Leaving Certificate Examination (including Day School Certificate (Higher) General paper), 1936
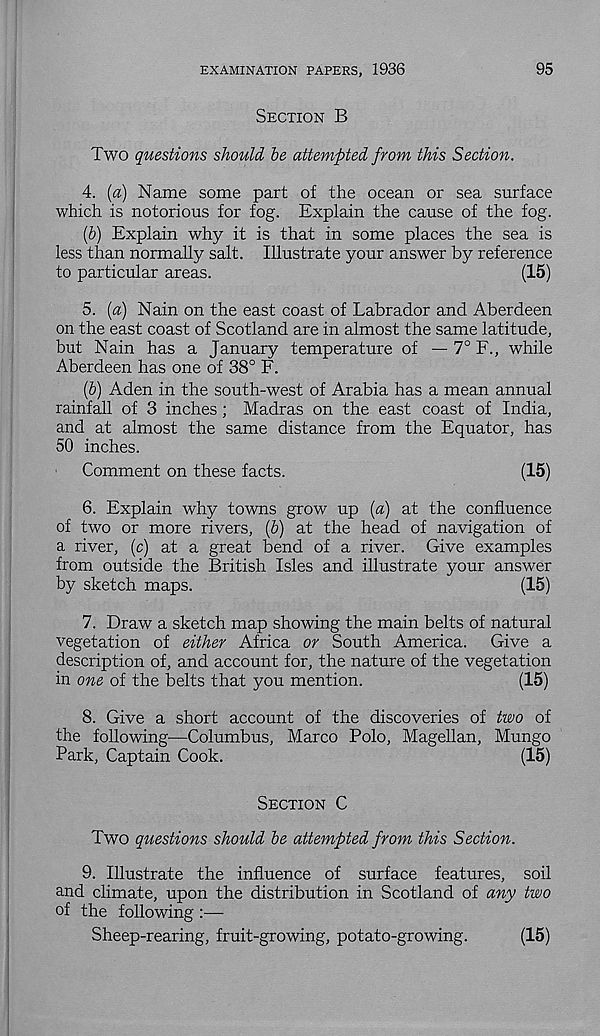
EXAMINATION PAPERS, 1936
95
Section B
Two questions should be attempted from this Section.
4. (a) Name some part of the ocean or sea surface
which is notorious for fog. Explain the cause of the fog.
(6) Explain why it is that in some places the sea is
less than normally salt. Illustrate your answer by reference
to particular areas.
(15)
5. (a) Nain on the east coast of Labrador and Aberdeen
on the east coast of Scotland are in almost the same latitude,
but Nain has a January temperature of — 7° F., while
Aberdeen has one of 38° F.
(6) Aden in the south-west of Arabia has a mean annual
rainfall of 3 inches; Madras on the east coast of India,
and at almost the same distance from the Equator, has
50 inches.
Comment on these facts.
(15)
6. Explain why towns grow up (a) at the confluence
of two or more rivers, (6) at the head of navigation of
a river, (c) at a great bend of a river. Give examples
from outside the British Isles and illustrate your answer
by sketch maps.
(15)
7. Draw a sketch map showing the main belts of natural
vegetation of either Africa or South America.
Give a
description of, and account for, the nature of the vegetation
in one of the belts that you mention.
(15)
8. Give a short account of the discoveries of two of
the following'—Columbus, Marco Polo, Magellan, Mungo
Park, Captain Cook.
(15)
Section C
Two questions should be attempted from this Section.
9. Illustrate the influence of surface features, soil
and climate, upon the distribution in Scotland of any two
of the following :—
Sheep-rearing, fruit-growing, potato-growing.
(15)